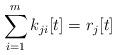
LaTeX: \begin{align*}\sum_{i=1}^{m}k_{ji}[t]=r_{j}[t]\end{align*}